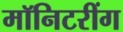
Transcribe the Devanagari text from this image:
मॉनिटरींग